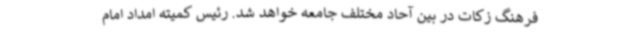
فرهنگ زکات در بین آحاد مختلف جامعه خواهد شد. رئیس کمیته امداد امام